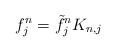
LaTeX: \begin{align*} f^n_j = \tilde{f}^n_j K_{n,j}\end{align*}